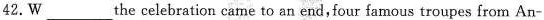
42.W ___ the celebration came to an end, four famous troupes from An-